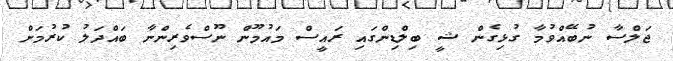
ޖަލްސާ ނުބޭއްވުމާ ގުޅިގެން ޝީ ބިލްޑިންގައި ރައީސް މައުމޫން ނޫސްވެރިންނާ ބައްދަލު ކުރުމަށް